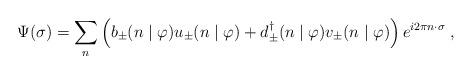
LaTeX: \begin{align*}\Psi (\sigma) = \sum_n \left( b_{\pm} (n \mid \varphi) u_{\pm} (n \mid \varphi)+ d_{\pm}^{\dagger} (n\mid \varphi) v_{\pm} (n\mid \varphi) \right)e^{i 2 \pi n \cdot \sigma} \;,\end{align*}